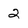
Character: 2